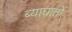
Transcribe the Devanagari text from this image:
ब्याघातों